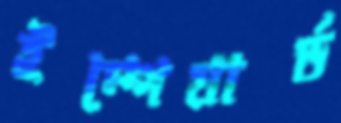
ইম্পেয়ার্ড